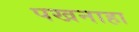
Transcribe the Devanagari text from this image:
पखनाहा